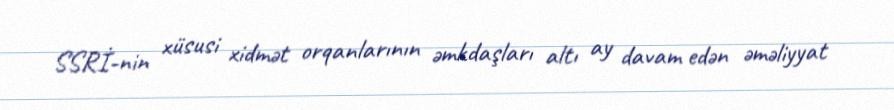
SSRİ-nin xüsusi xidmət orqanlarının əmkdaşları altı ay davam edən əməliyyat